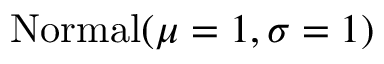
\mathrm { N o r m a l } ( \mu = 1 , \sigma = 1 )